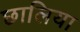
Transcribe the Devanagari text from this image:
छालिया